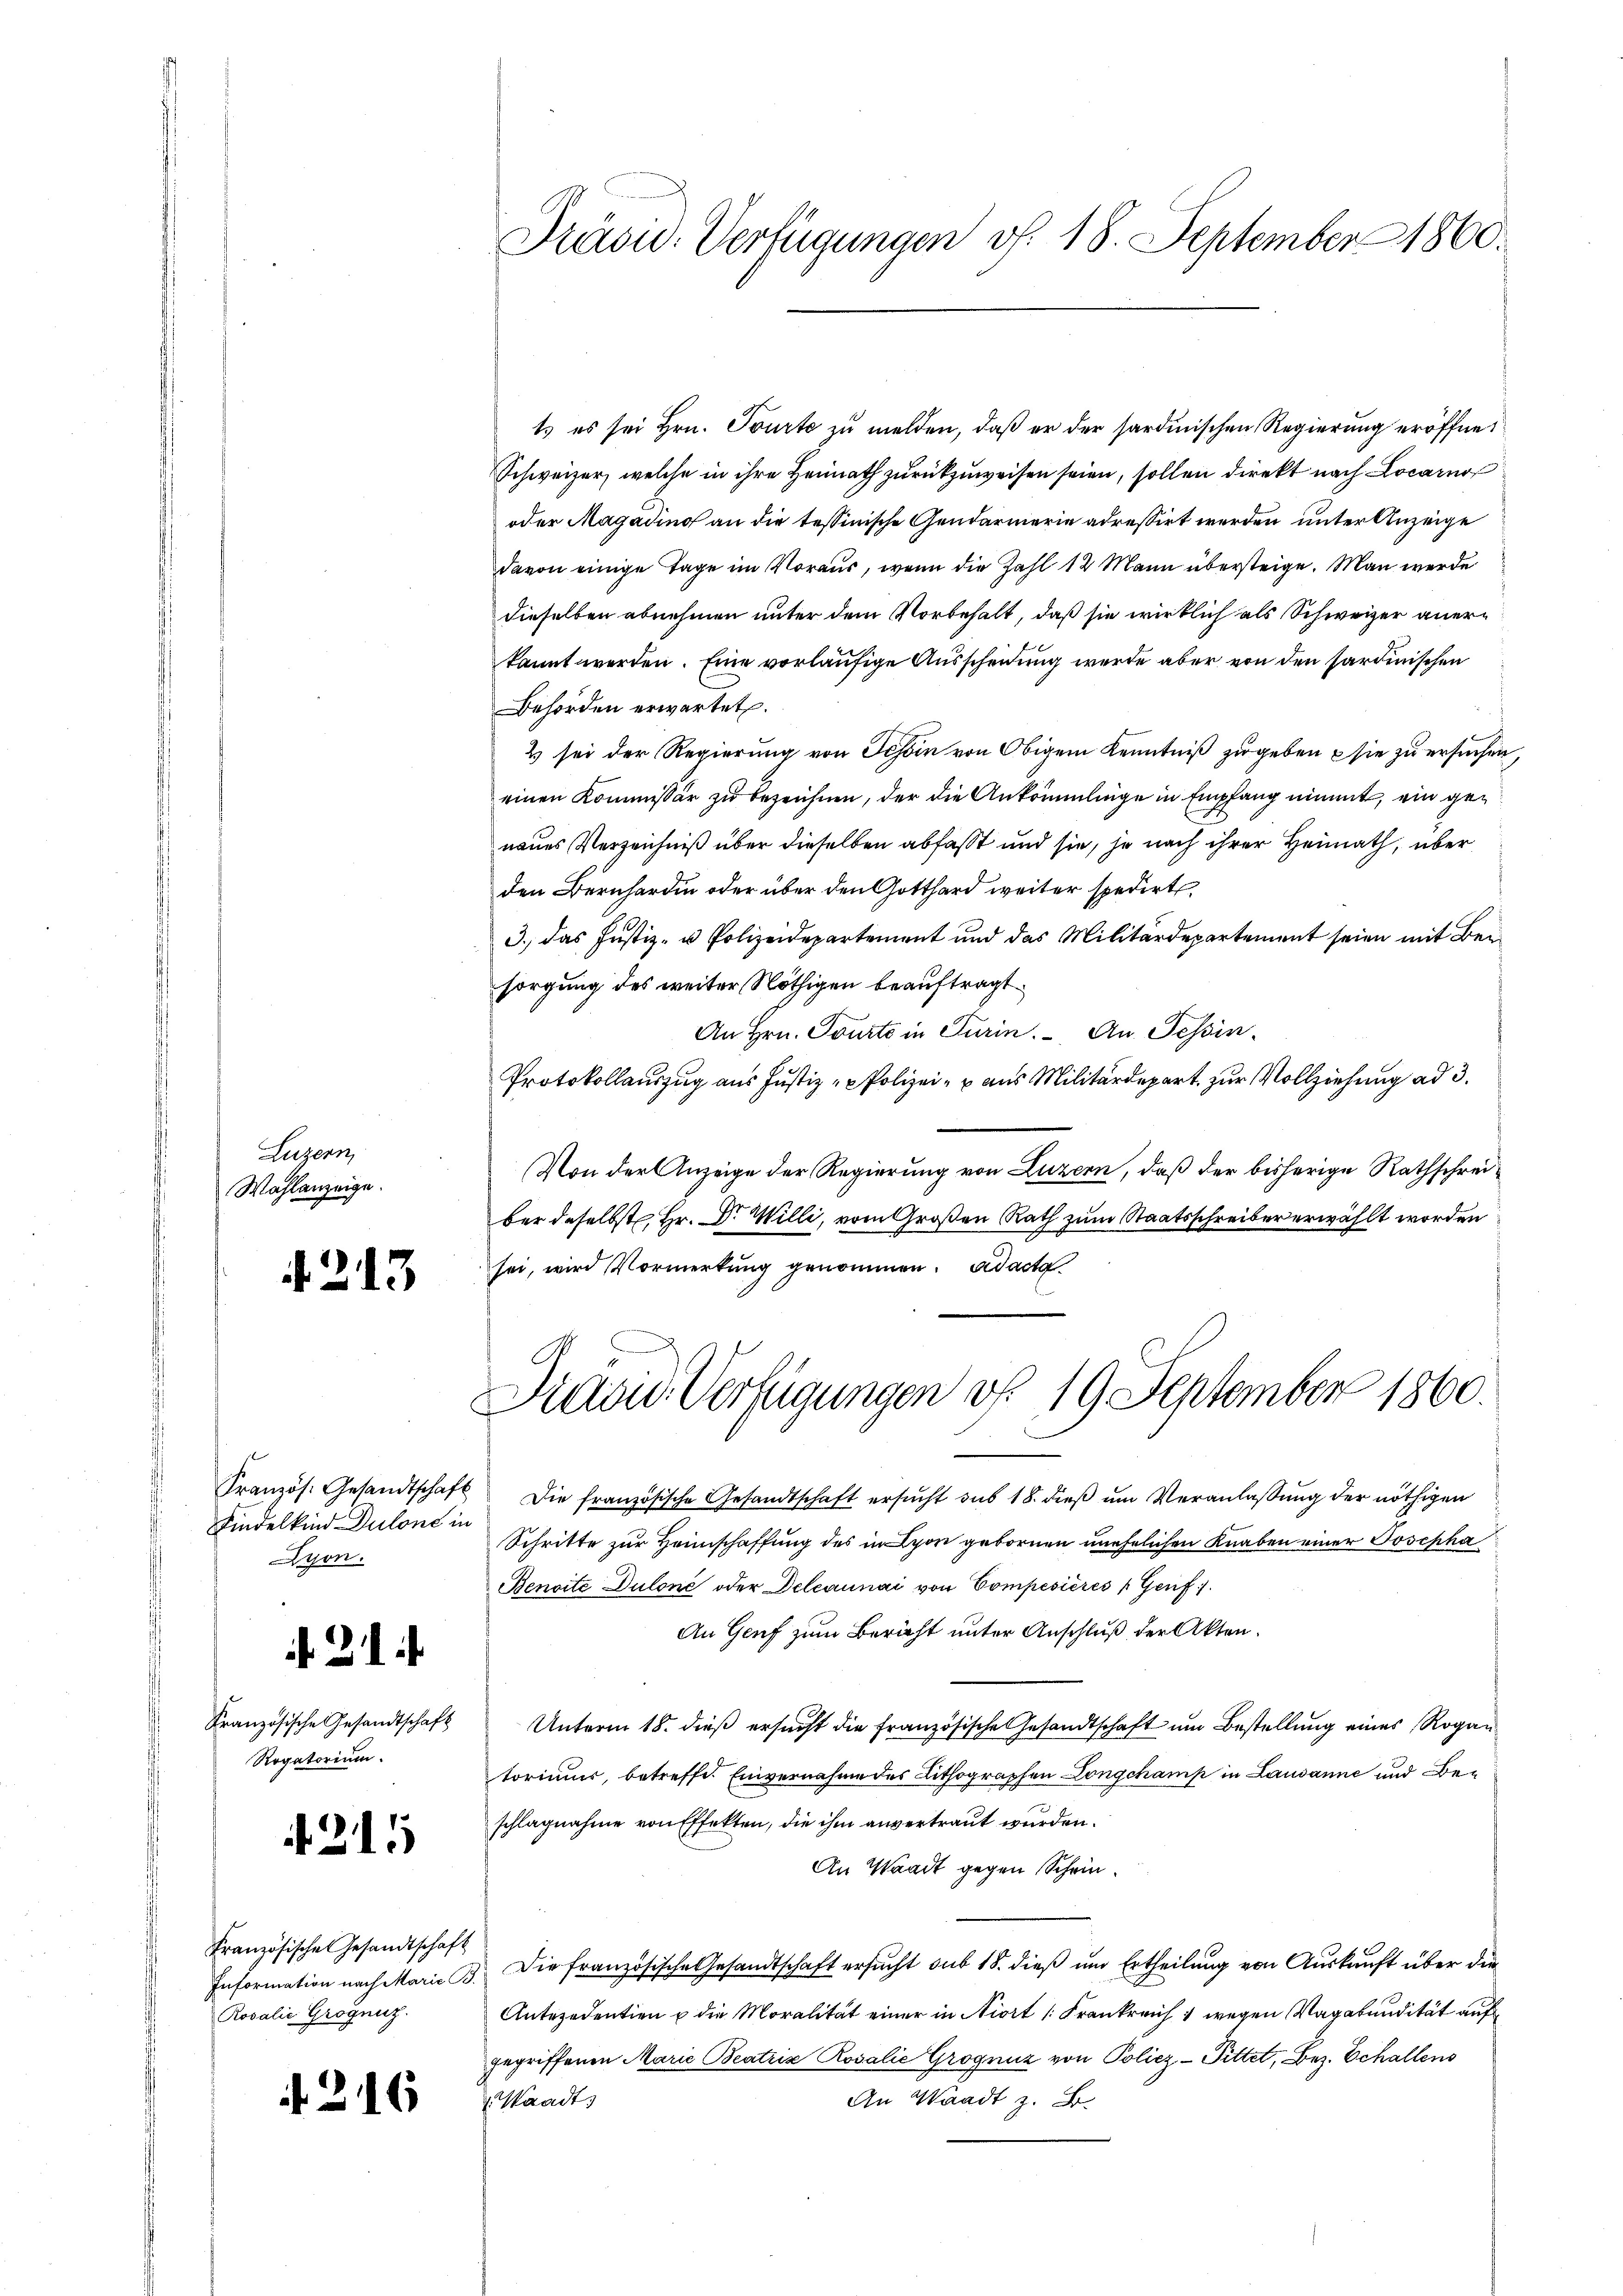
Luzern,
Wahlanzeige.

A. 213

Französ. Gesandtschaft
Findelkind Dulone in
Ayon.

¬

2

Französische Gesandtschaft
Rogatorium.

215

Französische Gesandtschaft
Information nach Marie P
Rosalie Grognnz.

216

Präsid. Verfügungen v. 18. September 1860

1s es sei Hrn. Tourte zu melden, daß er der sardinischen Regierung eröffnet
Schweizer, welche in ihre Heimath zurückzuweisen seien, sollen direkt nach Locarno
oder Magading an die tessinische Gendarmerie adressirt werden, unter Anzeige
davon einige Tage im Voraus, wenn die Zahl 12 Mann übersteige. Man werde
dieselben abnehmen unter dem Vorbehalt, daß sie wirklich als Schweizer anerkannt werden. Eine vorläufige Ausscheidung werde aber von den sardinischen
Behörden erwartet.
2 sei der Regierung von Schon von Obigem Kenntniß zu geben sie zu ersuchen
einen Kommissär zu bezeichnen, der die Ankömmlinge in Empfang nimmt, ein genaues Verzeichniß über dieselben abfasst und sie, je nach ihrer Heimath, über
den Bernhardin oder über den Gotthard weiter spedirt
3.) das Justiz- u Polizeidepartement und das Militärdepartement seien mit Beisorgung des weiter Nöthigen beauftragt.
An Hrn. Tourte in Turin. An Tessin.
Protokollauszug aus Justiz - Polizei- u. aus Militärdepart zur Vollziehung ad 3.
Von der Anzeige der Regierung von Luzern, daß der bisherige Rathschreiber daselbst Hr. Dr. Willi, vom Großen Rath zum Staatsschreiber erwählt worden
sei, wird Vormerkung genommen. ad acta
Diaad Verfügungen d. 19 September 1860.
Die französische Gesandtschaft ersucht sub 18. dieß um Veranlassung der nöthigen
Schritte zur Heimschaffung des in Lyon gebornen unehelichen Knaben einer Josepha
Bensite Dulone oder Delcaunai von Compesières Genf.
An Genf zum Bericht unter Anschluß der Akten.
Unterm 18. dieß ersucht die Französische Gesandtschaft um Bestellung eines Rogantoriums, betreffe. Einvernahme des Lithographen Longchamp in Lausanne und Beschlagnahme von Effekten, die ihm anvertraut wurden.
An Waadt gegen Schein¬
 Die französische Gesandtschaft ersucht sub 18. dieß um Ertheilung von Auskunft über die
Antezedentien u die Moralität einer in Niort (Frankreich 1 wegen Vagabendität auf
gegriffenen Marie Beatrix Rosalie Grognuz von Poliez- Pittet, Bez. Schallens
An Waadt z. B.
Waadt,